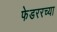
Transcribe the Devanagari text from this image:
फेडररच्या